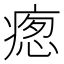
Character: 𭼚